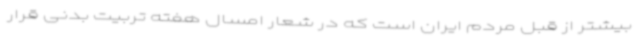
بیشتر از قبل مردم ایران است که در شعار امسال هفته تربیت بدنی قرار